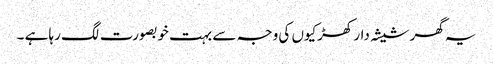
یہ گھر شیشہ دار کھڑکیوں کی وجہ سے بہت خوبصورت لگ رہا ہے ۔